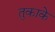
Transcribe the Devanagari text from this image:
तुकाके